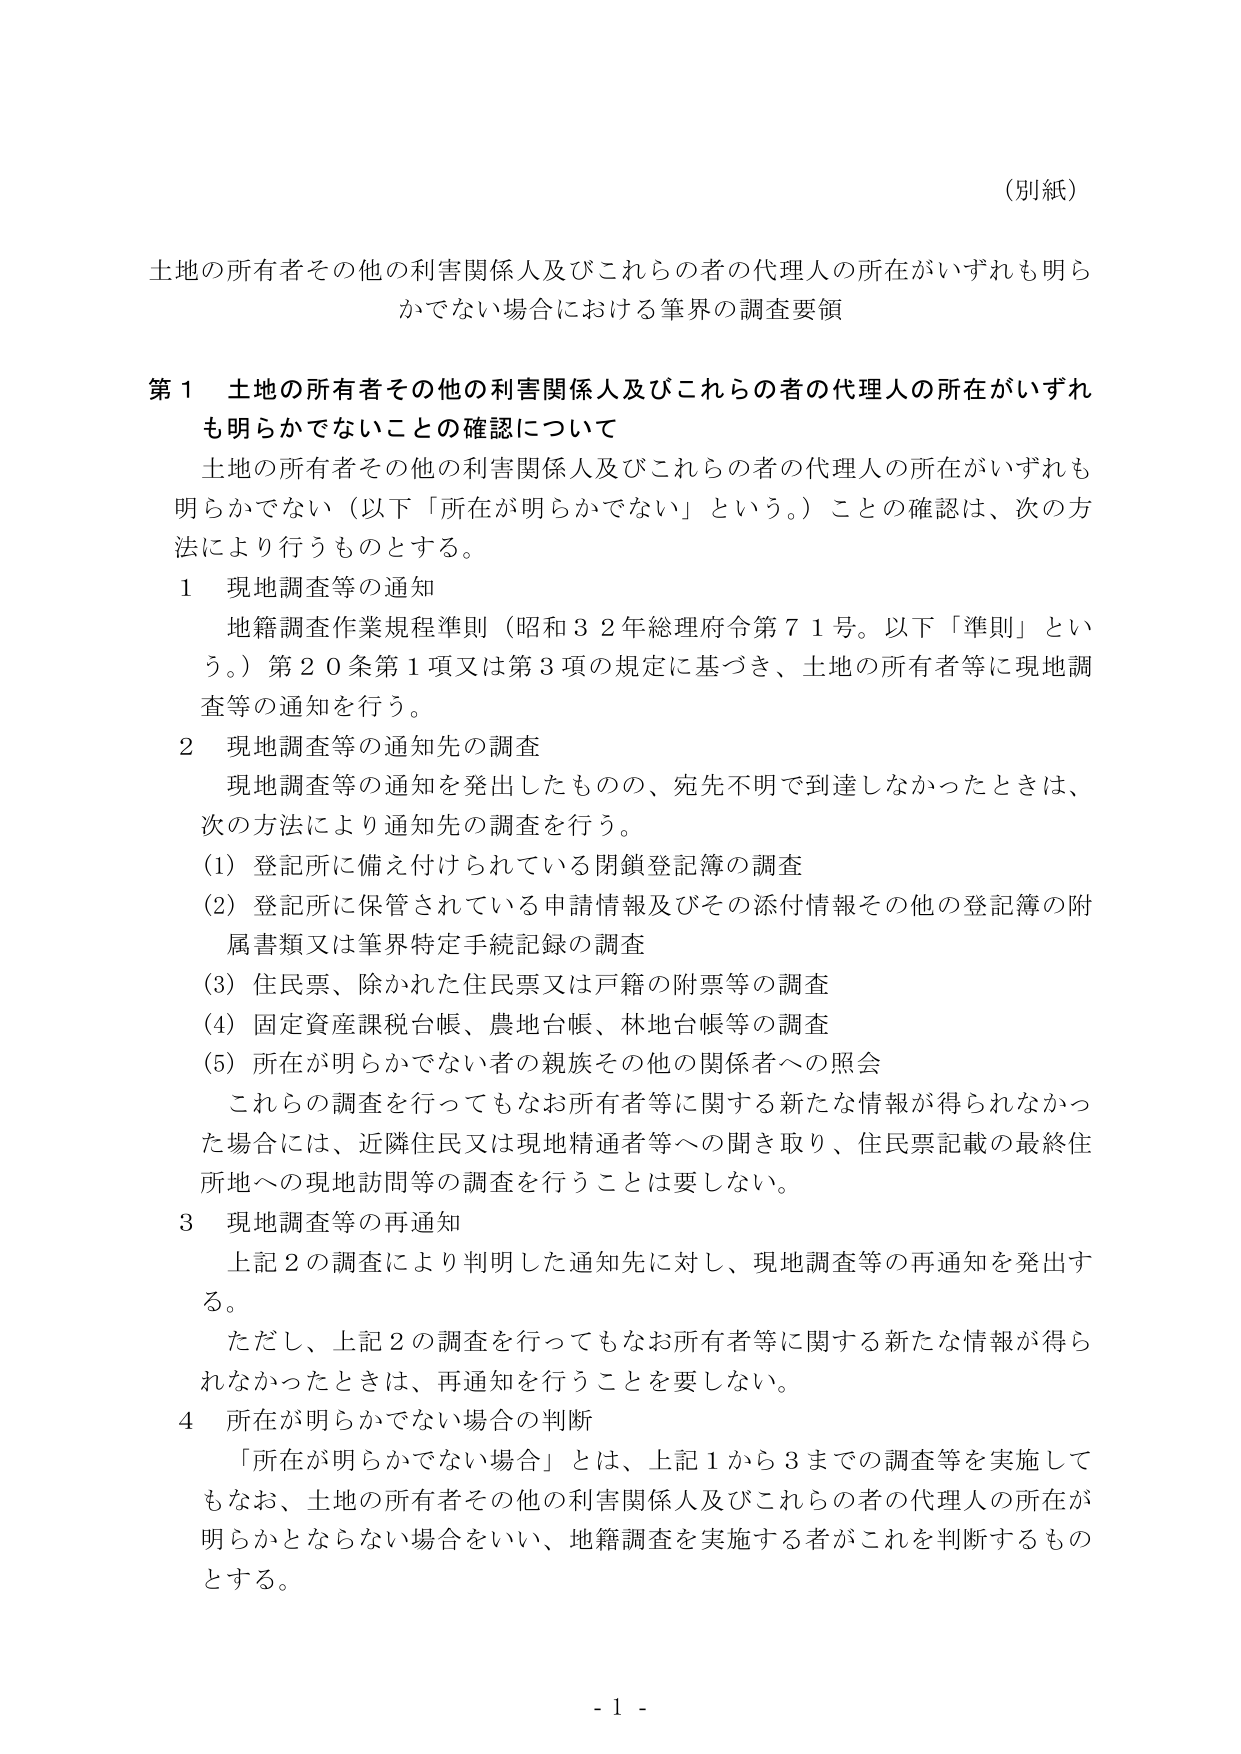
（別紙）

土地の所有者その他の利害関係人及びこれらの者の代理人の所在がいずれも明らかでない場合における筆界の調査要領

第１　土地の所有者その他の利害関係人及びこれらの者の代理人の所在がいずれも明らかでないことの確認について

　土地の所有者その他の利害関係人及びこれらの者の代理人の所在がいずれも明らかでない（以下「所在が明らかでない」という。）ことの確認は、次の方法により行うものとする。

１　現地調査等の通知

　地籍調査作業規程準則（昭和３２年総理府令第７１号。以下「準則」という。）第２０条第１項又は第３項の規定に基づき、土地の所有者等に現地調査等の通知を行う。

２　現地調査等の通知先の調査

　現地調査等の通知を発出したものの、宛先不明で到達しなかったときは、次の方法により通知先の調査を行う。

（1）登記所に備え付けられている閉鎖登記簿の調査

（2）登記所に保管されている申請情報及びその添付情報その他の登記簿の附属書類又は筆界特定手続記録の調査

（3）住民票、除かれた住民票又は戸籍の附票等の調査

（4）固定資産課税台帳、農地台帳、林地台帳等の調査

（5）所在が明らかでない者の親族その他の関係者への照会

　これらの調査を行ってもなお所有者等に関する新たな情報が得られなかった場合には、近隣住民又は現地精通者等への聞き取り、住民票記載の最終住所地への現地訪問等の調査を行うことは要しない。

３　現地調査等の再通知

　上記２の調査により判明した通知先に対し、現地調査等の再通知を発出する。

　ただし、上記２の調査を行ってもなお所有者等に関する新たな情報が得られなかったときは、再通知を行うことを要しない。

４　所在が明らかでない場合の判断

　「所在が明らかでない場合」とは、上記１から３までの調査等を実施してもなお、土地の所有者その他の利害関係人及びこれらの者の代理人の所在が明らかとならない場合をいい、地籍調査を実施する者がこれを判断するものとする。

- 1 -